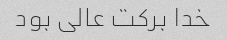
خدا برکت عالی بود